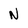
Character: N